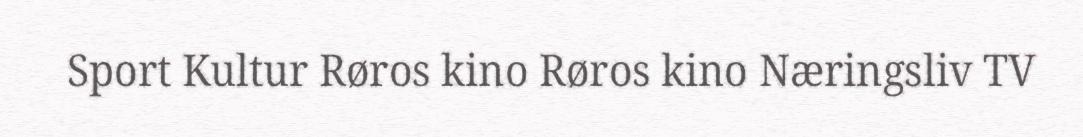
Sport Kultur Røros kino Røros kino Næringsliv TV